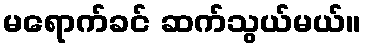
မရောက်ခင် ဆက်သွယ်မယ်။